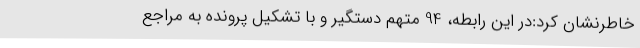
خاطرنشان کرد:در این رابطه، 94 متهم دستگیر و با تشکیل پرونده به مراجع